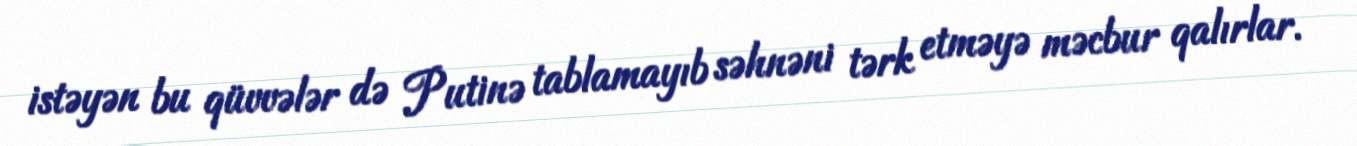
istəyən bu qüvvələr də Putinə tablamayıb səhnəni tərk etməyə məcbur qalırlar.